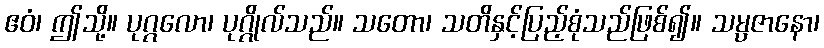
ဧဝံ၊ ဤသို့။ ပုဂ္ဂလော၊ ပုဂ္ဂိုလ်သည်။ သတော၊ သတိနှင့်ပြည့်စုံသည်ဖြစ်၍။ သမ္ပဇာနော၊